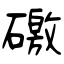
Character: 礉